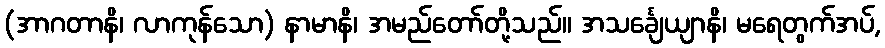
(အာဂတာနိ၊ လာကုန်သော) နာမာနိ၊ အမည်တော်တို့သည်။ အသင်္ချေယျာနိ၊ မရေတွက်အပ်,